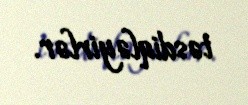
təsdiqləyirlər.